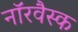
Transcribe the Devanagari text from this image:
नॉरवैस्क